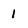
Character: 1